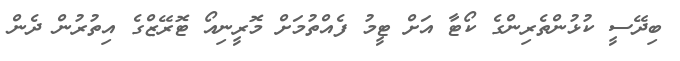
ބިދޭސީ ކުޅުންތެރިންގެ ކޯޓާ އަށް ޓީމު ފެއްތުމަށް މޮރީނިއޯ ޓޮރޭޒްގެ އިތުރުން ދެން